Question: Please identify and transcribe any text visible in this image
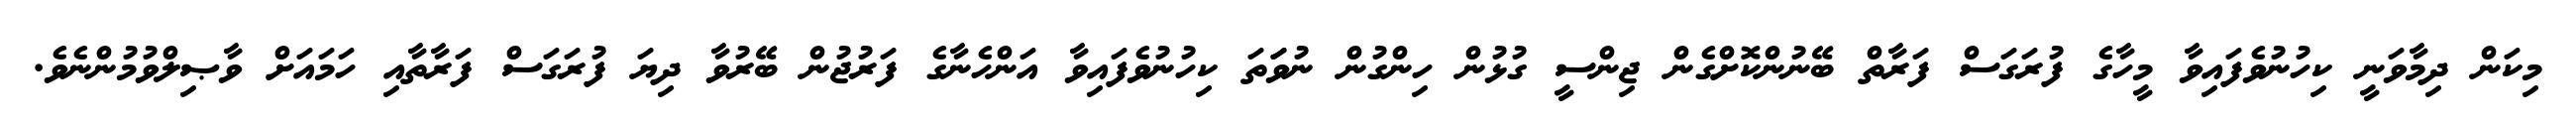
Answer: މިކަން ދިމާވަނީ ކިހުނުވެފައިވާ މީހާގެ ފުރަގަސް ފަރާތް ބޭނުންކޮށްގެން ޖިންސީ ގުޅުން ހިންގުން ނުވަަތަ ކިހުނުވެފައިވާ އަންހެނާގެ ފަރުޖުން ބޭރުވާ ދިޔަ ފުރަގަސް ފަރާތާއި ހަމައަށް ވާޞިލްވުމުންނެވެ.